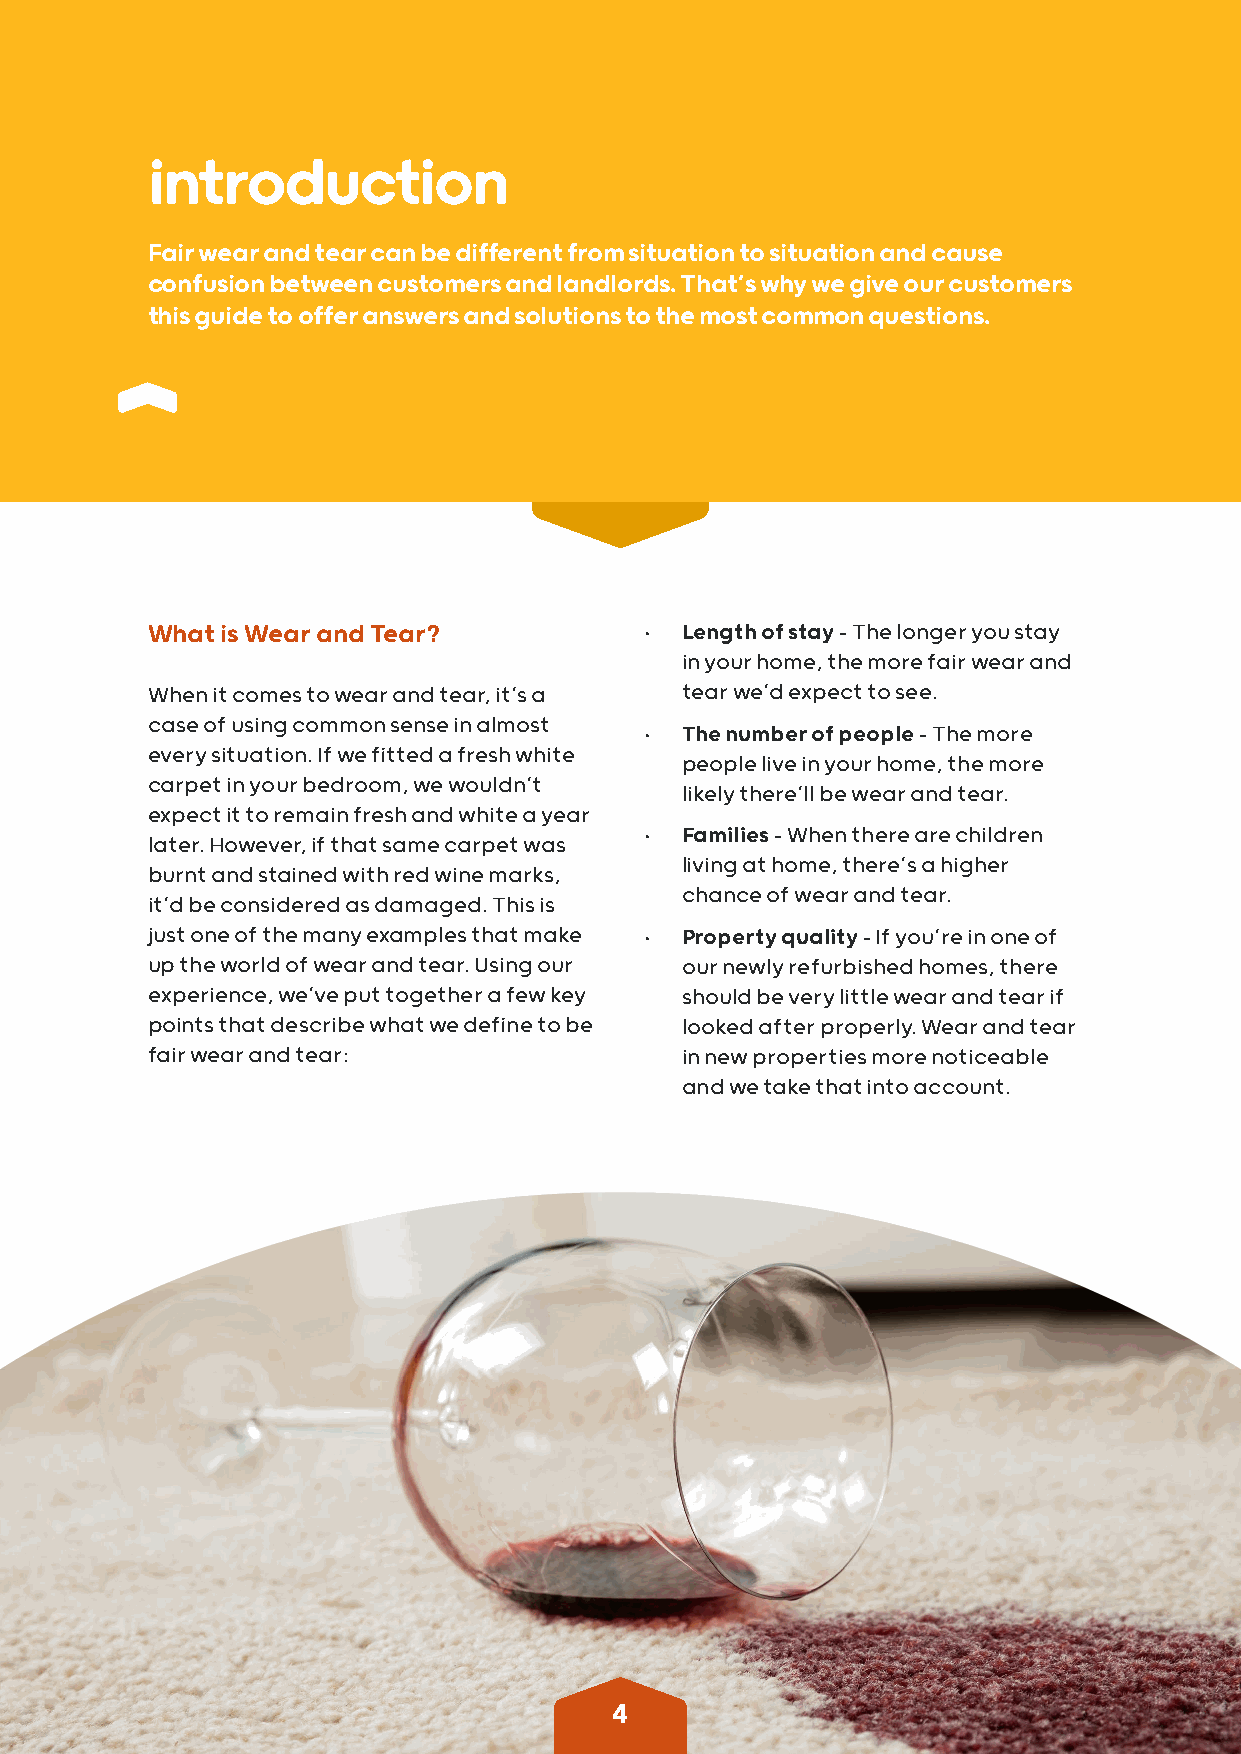
introduction
 Fair wear and tear can be different from situation to situation and cause
 confusion between customers and landlords. That’s why we give our customers
 this guide to offer answers and solutions to the most common questions.
 What is Wear and Tear?           • Length of stay – The longer you stay
 in your home, the more fair wear and
 When it comes to wear and tear, it’s a tear we’d expect to see.
 case of using common sense in almost
 • The number of people – The more
 every situation. If we fitted a fresh white
 people live in your home, the more
 carpet in your bedroom, we wouldn’t
 likely there’ll be wear and tear.
 expect it to remain fresh and white a year
 • Families – When there are children
 later. However, if that same carpet was
 living at home, there’s a higher
 burnt and stained with red wine marks,
 chance of wear and tear.
 it’d be considered as damaged. This is
 just one of the many examples that make • Property quality – If you’re in one of
 up the world of wear and tear. Using our our newly refurbished homes, there
 experience, we’ve put together a few key should be very little wear and tear if
 points that describe what we define to be looked after properly. Wear and tear
 fair wear and tear:                in new properties more noticeable
 and we take that into account.
 4